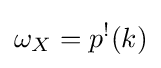
\omega _{X}=p^{!}(k)